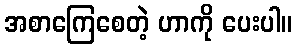
အစာကြေစေတဲ့ ဟာကို ပေးပါ။